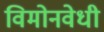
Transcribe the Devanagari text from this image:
विमोनवेधी